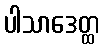
ပါသာဒေတ္ထ